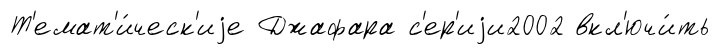
Т'емат'и́ческ'иjе Джафара с'ер'иjи2002 вкл'ючи́ть